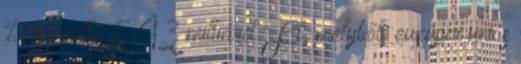
%, ez nettó 6,43 milliárd Ft, melyből: európai uniós